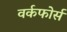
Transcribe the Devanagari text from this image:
वर्कफोर्स